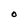
Character: O